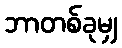
ဘာတစ်ခုမျှ